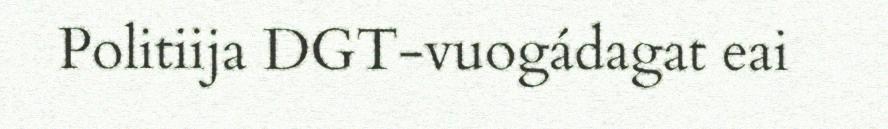
Politiija DGT-vuogádagat eai